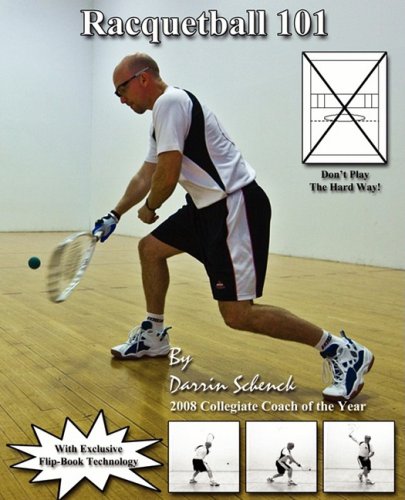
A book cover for Racquetball 101; Darrin Schenck; Sports & Outdoors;